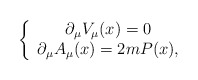
\begin{align*}\left\{ \begin{array}{c}\partial _{\mu }V_{\mu }(x)=0 \\ \partial _{\mu }A_{\mu }(x)=2mP(x),\end{array}\right.\end{align*}